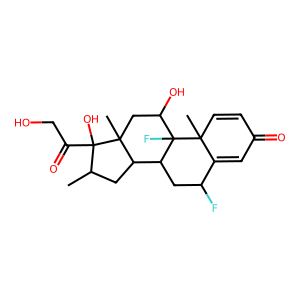
SMILES: CC1CC2C3CC(F)C4=CC(=O)C=CC4(C)C3(F)C(O)CC2(C)C1(O)C(=O)CO
Inhibits HIV replication: No